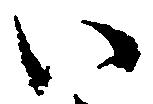
い